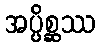
အပ္ပိစ္ဆဿ